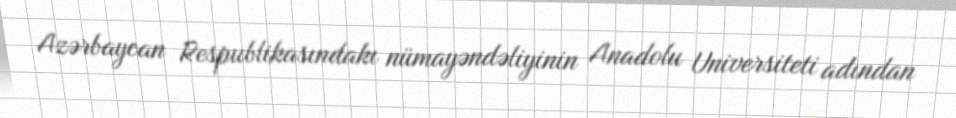
Azərbaycan Respublikasındakı nümayəndəliyinin Anadolu Universiteti adından